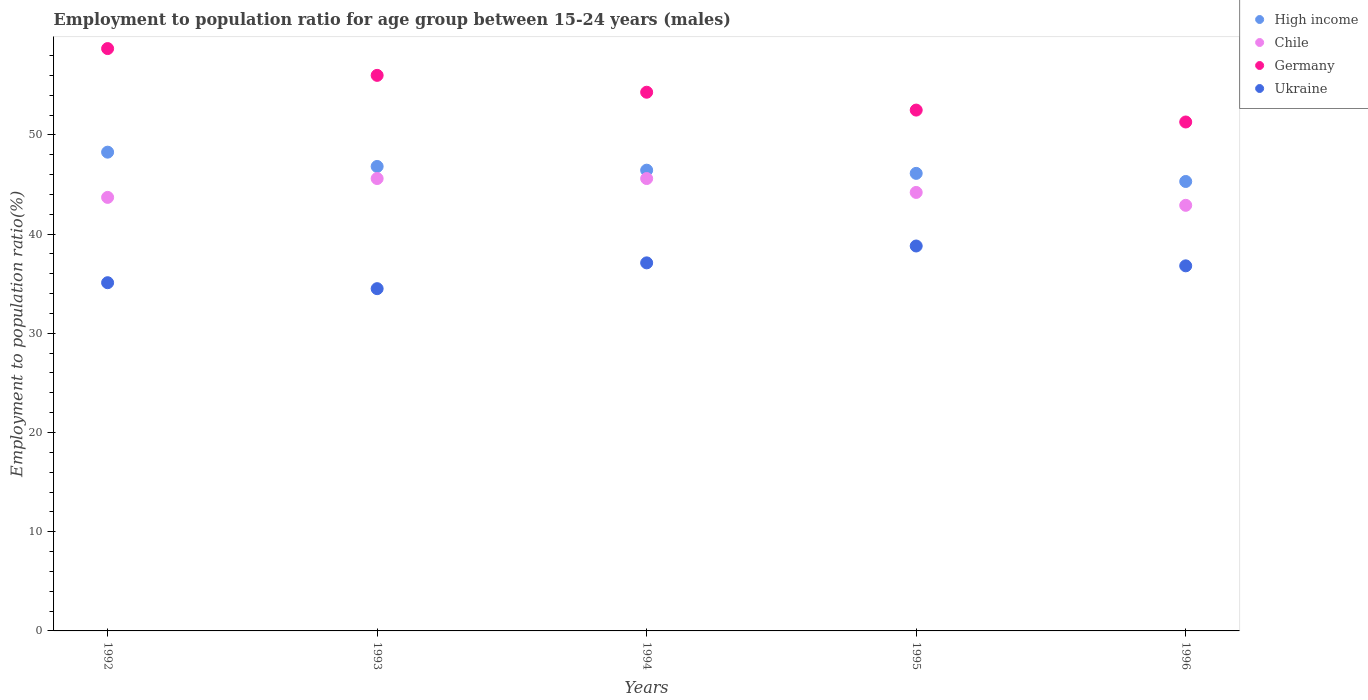
| Years | High income | Chile | Germany | Ukraine |
 | --- | --- | --- | --- | --- |
 | 1992 | 48.3 | 43.7 | 58.7 | 35.1 |
 | 1993 | 46.8 | 45.6 | 56 | 34.5 |
 | 1994 | 46.4 | 45.6 | 54.3 | 37.1 |
 | 1995 | 46.1 | 44.2 | 52.5 | 38.8 |
 | 1996 | 45.3 | 42.9 | 51.3 | 36.8 |